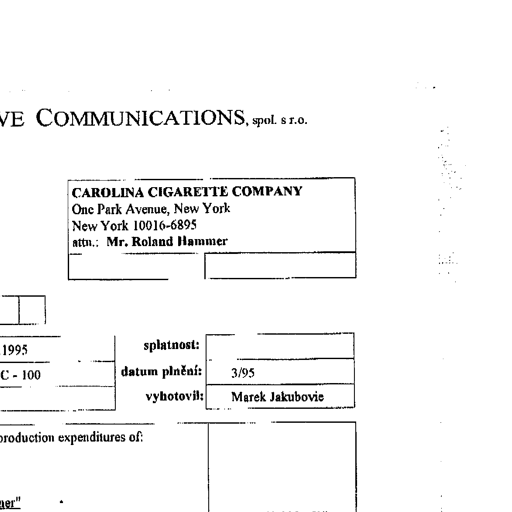
Transcript:
COMMUNICATIONS, spol. s r.o.
CAROLINA CIGARETTE COMPANY
One Park Avenue, New York
New York 10016-6895
attn.: Mr. Roland Hammer
splatnost:
datum plnění: 3/95
vyhotovil: Marek Jakubovic
1995
C - 100
production expenditures of:
ner"